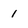
Character: 1